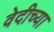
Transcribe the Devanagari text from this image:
वेदीच्या